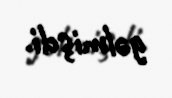
gəlmişdi.